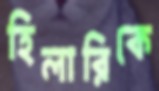
হিলারিকে